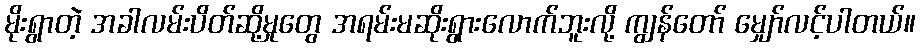
မိုးရွာတဲ့ အခါလမ်းပိတ်ဆို့မှုတွေ အရမ်းမဆိုးရွားလောက်ဘူးလို့ ကျွန်တော် မျှော်လင့်ပါတယ်။